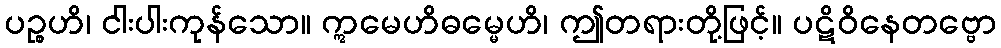
ပဉ္စဟိ၊ ငါးပါးကုန်သော။ ဣမေဟိဓမ္မေဟိ၊ ဤတရားတို့ဖြင့်။ ပဋိဝိနေတဗ္ဗော